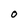
Character: O